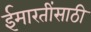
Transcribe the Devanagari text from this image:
ईमारतींसाठी